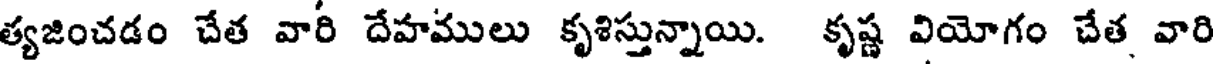
త్యజించడం చేత వారి దేహములు కృశిస్తున్నాయి. కృష్ణ వియోగం చేత వారి